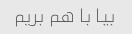
بیا با هم بریم